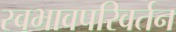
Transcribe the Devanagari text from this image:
स्वभावपरिवर्तन